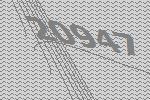
20947